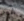
غير